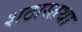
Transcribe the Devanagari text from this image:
शठास्तथा